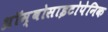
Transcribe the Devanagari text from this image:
थ्रॉम्बोसाइटोपेनिक